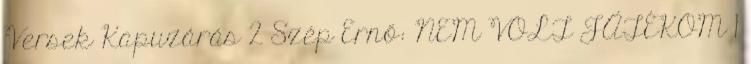
Versek Kapuzárás 2 Szép Ernő: NEM VOLT JÁTÉKOM 1